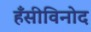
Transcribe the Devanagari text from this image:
हँसीविनोद